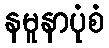
နမူနာပုံစံ